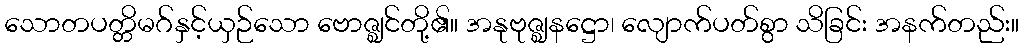
သောတပတ္တိမဂ်နှင့်ယှဉ်သော ဗောဇ္ဈင်တို့၏။ အနုဗုဇ္ဈနဋ္ဌော၊ လျောက်ပတ်စွာ သိခြင်း အနက်တည်း။